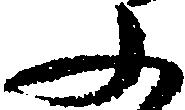
ふ